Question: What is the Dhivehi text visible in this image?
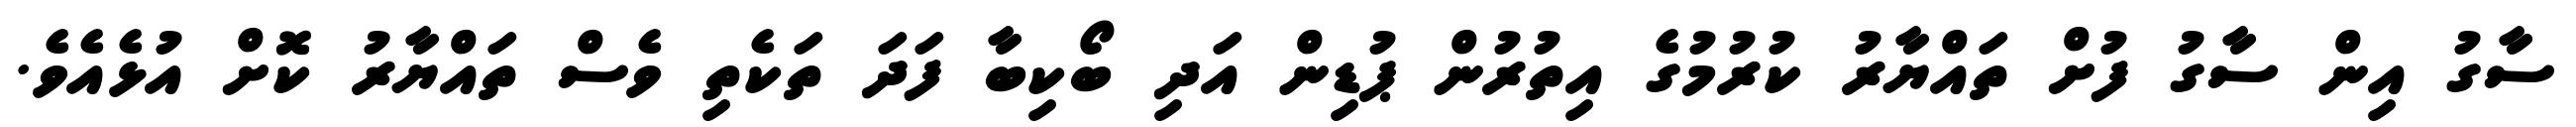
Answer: ސާގު އިން ސާގު ފުށް ތައްޔާރު ކުރުމުގެ އިތުރުން ޕުޑިން އަދި ބޯކިބާ ފަދަ ތަކެތި ވެސް ތައްޔާރު ކޮށް އުޅެއެވެ.